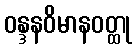
ဝန္ဒနဝိမာနဝတ္ထု